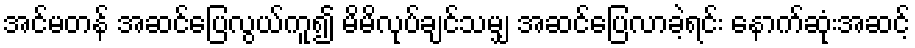
အင်မတန် အဆင်ပြေလွယ်ကူ၍ မိမိလုပ်ချင်သမျှ အဆင်ပြေလာခဲ့ရင်း နောက်ဆုံးအဆင့်